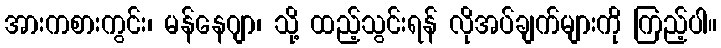
အားကစားကွင်း၊ မန်နေဂျာ၊ သို့ ထည့်သွင်းရန် လိုအပ်ချက်များကို ကြည့်ပါ။